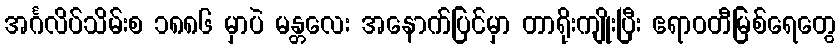
အင်္ဂလိပ်သိမ်းစ ၁၈၈၆ မှာပဲ မန္တလေး အနောက်ပြင်မှာ တာရိုးကျိုးပြီး ဧရာဝတီမြစ်ရေတွေ